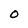
Character: O